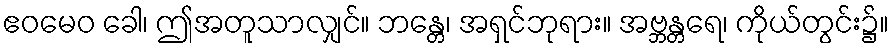
ဧဝမေဝ ခေါ၊ ဤအတူသာလျှင်။ ဘန္တေ၊ အရှင်ဘုရား။ အဗ္ဘန္တရေ၊ ကိုယ်တွင်း၌။